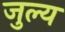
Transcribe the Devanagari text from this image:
जुल्य